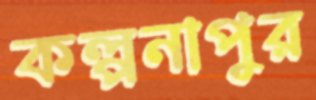
কল্পনাপুর